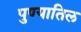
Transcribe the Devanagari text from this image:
पुण्यातिल